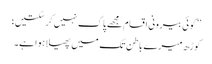
’’کوئی بیرونی اقسام مجھے پاک نہیں کر سکتیں؛
کوڑھ میرے باطن تک میں پھیلا ہوا ہے۔